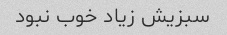
سبزیش زیاد خوب نبود